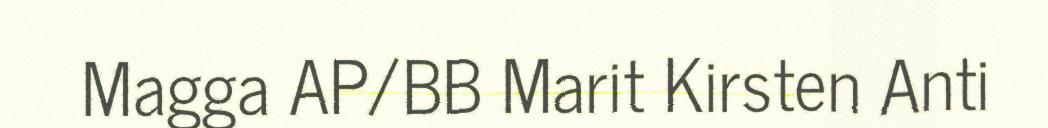
Magga AP/BB Marit Kirsten Anti